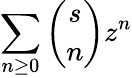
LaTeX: \sum_{n\geq 0}{\binom{s}{n}}z^{n}